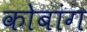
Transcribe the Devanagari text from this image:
कोबांग